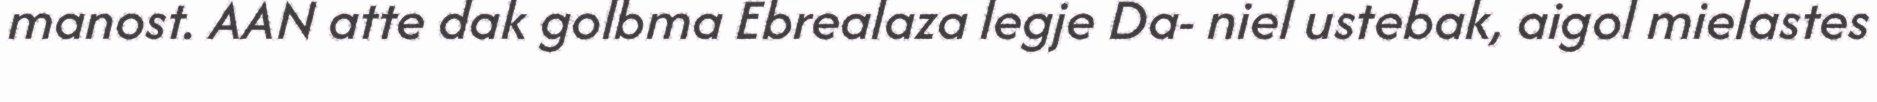
manost. AAN atte dak golbma Ebrealaza legje Da- niel ustebak, aigol mielastes